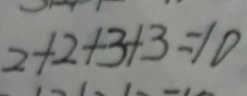
2 + 2 + 3 + 3 = 1 0